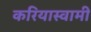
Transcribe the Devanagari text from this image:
करियास्वामी